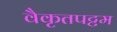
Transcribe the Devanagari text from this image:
वैकृतपट्टम